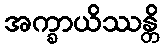
အက္ခာယိဿန္တိ